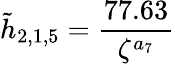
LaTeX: \tilde{h}_{2,1,5}=\frac{77.63}{\zeta^{a_{7}}}